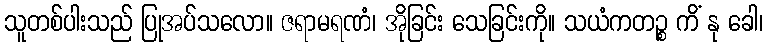
သူတစ်ပါးသည် ပြုအပ်သလော။ ဇရာမရဏံ၊ အိုခြင်း သေခြင်းကို။ သယံကတဉ္စ ကိံ နု ခေါ၊